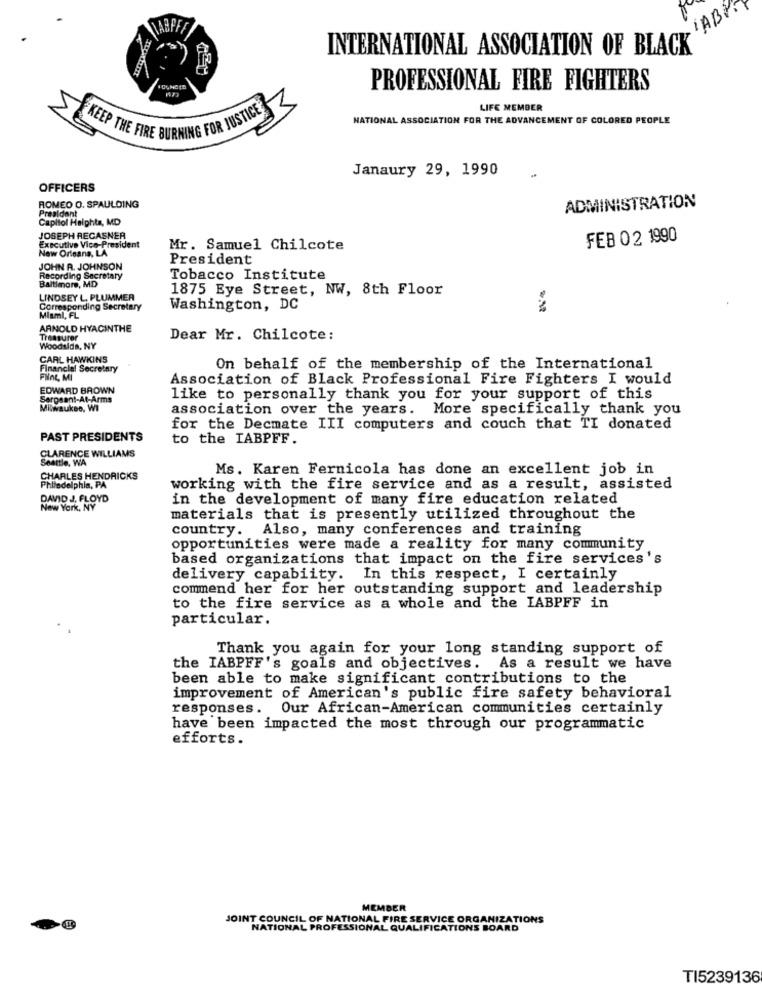
IABY
INTERNATIONAL ASSOCIATION OF BLACK
PROFESSIONAL FIRE FIGHTERS
LIFE MEMBER
NATIONAL ASSOCIATION FOR THE ADVANCEMENT OF COLORED PEOPLE
KEEP THE FIRE BURNING FOR JUSTICE
Janaury 29, 1990
OFFICERS
ADMINISTRATION
ROMEO O. SPAULDING
Preaidant
Capitol Haiphta, MD
JOSEPH REGASNER
FEB 02 1990
Executive Vice-President
New Orleans, LA
Mr. Samuel Chilcote
President
JOHN A. JOHNSON
Recording Secretary
Baltimore, MD
Tobacco Institute
1875 Eye Street, NW, 8th Floor
LINDSEY L. PLUMMER
Corresponding Secretary
Washington, DC
Miami, FL
ARNOLD HYACINTHE
Treasurer
Dear Mr. Chilcote:
Woodslda, NY
CARL HAWKINS
Financial Secretary
On behalf of the membership of the International
Fine, MI
Association of Black Professional Fire Fighters I would
EDWARD BROWN
Sergeant-At-Arms
like to personally thank you for your support of this
Milwaukee. WI
association over the years. More specifically thank you
for the Decmate III computers and couch that TI donated
PAST PRESIDENTS
to the IABPFF.
CLARENCE WILLIAMS
Seattle, WA
Ms. Karen Fernicola has done an excellent job in
CHARLES HENDRICKS
Philadelphia, PA
working with the fire service and as a result, assisted
DAVID J. FLOYD
in the development of many fire education related
New York, NY
materials that is presently utilized throughout the
country. Also, many conferences and training
opportunities were made a reality for many community
based organizations that impact on the fire services's
delivery capabiity. In this respect, I certainly
commend her for her outstanding support and leadership
to the fire service as a whole and the IABPFF in
particular.
Thank you again for your long standing support of
the IABPFF's goals and objectives. As a result we have
been able to make significant contributions to the
improvement of American's public fire safety behavioral
responses.
Our African-American communities certainly
have been impacted the most through our programmatic
efforts.
MEMBER
JOINT COUNCIL OF NATIONAL FIRE SERVICE ORGANIZATIONS
NATIONAL PROFESSIONAL QUALIFICATIONS BOARD
TI5239136